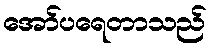
အော်ပရေတာသည်